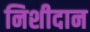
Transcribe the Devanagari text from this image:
निशीदान